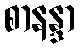
စာနန္ဒာ